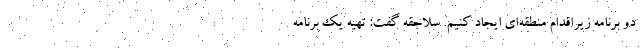
دو برنامه زیراقدام منطقه‌ای ایجاد کنیم. سلاجقه گفت: تهیه یک برنامه